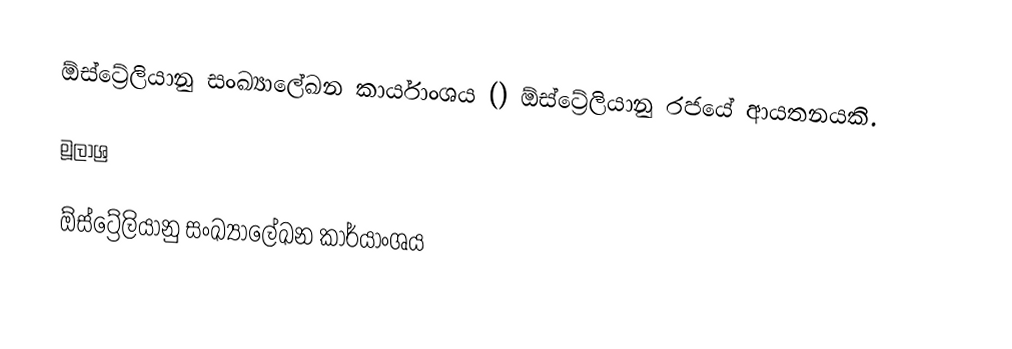
ඕස්ට්‍රේලියානු සංඛ්‍යාලේඛන කාර්යාංශය () ඕස්ට්‍රේලියානු රජයේ ආයතනයකි.

මූලාශ්‍ර

ඕස්ට්‍රේලියානු සංඛ්‍යාලේඛන කාර්යාංශය